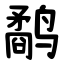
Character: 鹬